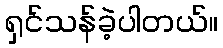
ရှင်သန်ခဲ့ပါတယ်။